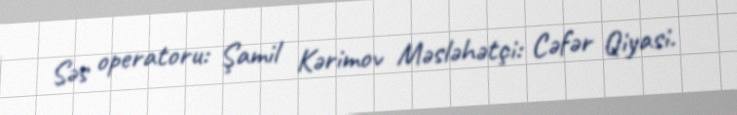
Səs operatoru: Şamil Kərimov Məsləhətçi: Cəfər Qiyasi.